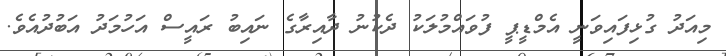
މިއަދު ގުޅިފައިވަނީ އެމްޑީޕީ ފުވައްމުލަކު ދެކުނު ދާއިރާގެ ނައިބު ރައީސް އަހުމަދު އަބުދުއެވެ.